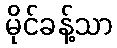
မိုင်ခန့်သာ